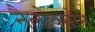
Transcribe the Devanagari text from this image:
नैलोक्सोन